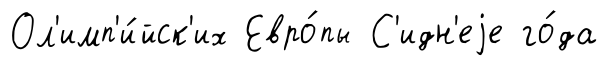
Ол'имп'и́йск'их Евро́пы С'идн'еjе го́да